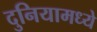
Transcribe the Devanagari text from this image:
दुनियामध्ये